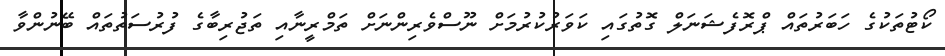
ކޯޓުތަކުގެ ހަބަރުތައް ޕްރޮފެޝަނަލް ގޮތުގައި ކަވަރުކުރުމަށް ނޫސްވެރިންނަށް ތަމްރީނާއި ތަޖުރިބާގެ ފުރުސަތުތައް ބޭނުންވާ